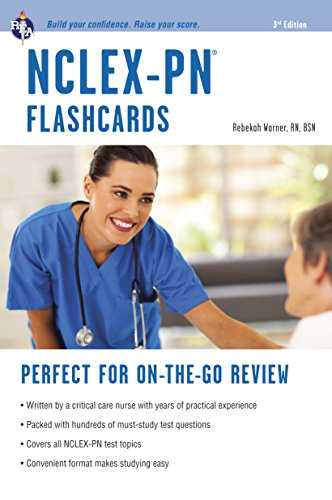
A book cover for NCLEX-PN Flashcards (Nursing Test Prep); Rebekah Warner; Medical Books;